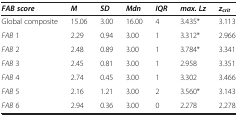
<table><thead><tr><td><b><i>FAB score</i></b></td><td><b><i>M</i></b></td><td><b><i>SD</i></b></td><td><b><i>Mdn</i></b></td><td><b><i>IQR</i></b></td><td><b><i>max. Lz</i></b></td><td><b><i>z</i><sub><i>crit</i></sub></b></td></tr></thead><tbody><tr><td>Global composite</td><td>15.06</td><td>3.00</td><td>16.00</td><td>4</td><td>3.435*</td><td>3.113</td></tr><tr><td><i>FAB</i> 1</td><td>2.29</td><td>0.94</td><td>3.00</td><td>1</td><td>3.312*</td><td>2.966</td></tr><tr><td><i>FAB</i> 2</td><td>2.48</td><td>0.89</td><td>3.00</td><td>1</td><td>3.784*</td><td>3.341</td></tr><tr><td><i>FAB</i> 3</td><td>2.45</td><td>0.81</td><td>3.00</td><td>1</td><td>2.958</td><td>3.351</td></tr><tr><td><i>FAB</i> 4</td><td>2.74</td><td>0.45</td><td>3.00</td><td>1</td><td>3.302</td><td>3.466</td></tr><tr><td><i>FAB</i> 5</td><td>2.16</td><td>1.21</td><td>3.00</td><td>2</td><td>3.560*</td><td>3.143</td></tr><tr><td><i>FAB</i> 6</td><td>2.94</td><td>0.36</td><td>3.00</td><td>0</td><td>2.278</td><td>2.278</td></tr></tbody></table>